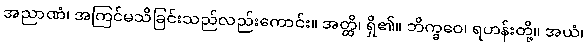
အညာဏံ၊ အကြင်မသိခြင်းသည်လည်းကောင်း။ အတ္ထိ၊ ရှိ၏။ ဘိက္ခဝေ၊ ရဟန်းတို့။ အယံ၊